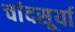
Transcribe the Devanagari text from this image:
चांदसूर्या